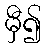
မှီ၍